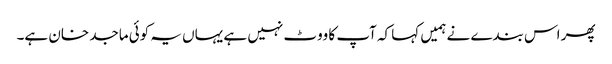
پھر اس بندے نے ہمیں کہا کہ آپ کا ووٹ نہیں ہے یہاں یہ کوئی ماجد خان ہے۔